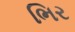
ભિર